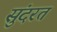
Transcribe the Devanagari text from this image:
सुंदरत